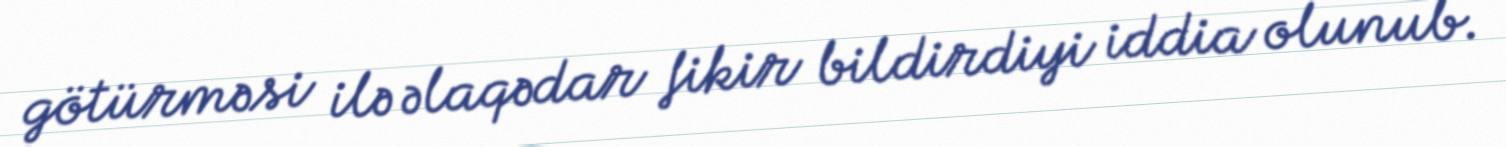
götürməsi ilə əlaqədar fikir bildirdiyi iddia olunub.